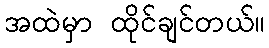
အထဲမှာ ထိုင်ချင်တယ်။